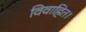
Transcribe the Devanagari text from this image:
विवाहित।